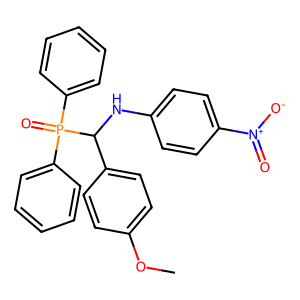
SMILES: COc1ccc(C(Nc2ccc([N+](=O)[O-])cc2)P(=O)(c2ccccc2)c2ccccc2)cc1
Inhibits HIV replication: No